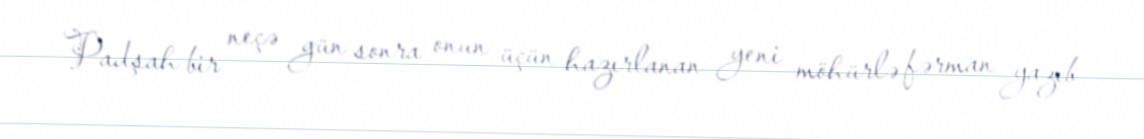
Padşah bir neçə gün sonra onun üçün hazırlanan yeni möhürlə fərman yazıb